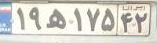
۱۹ه۱۷۵۴۲